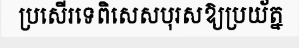
ប្រសើរទេពិសេសបុរសឱ្យប្រយ័ត្ន